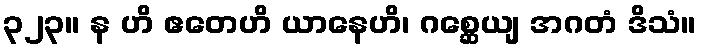
၃၂၃။ န ဟိ ဧတေဟိ ယာနေဟိ၊ ဂစ္ဆေယျ အဂတံ ဒိသံ။